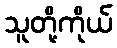
သူတို့ကိုယ်